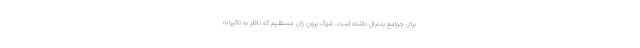
برای جوامع بدنبال داشته است. شوک برون زای مستقیم که ناظر به تاثیرات